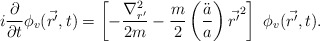
\begin{align*}i \frac{\partial}{\partial t} \phi_v ( \vec {r'}, t) = \left[ - \frac{{\nabla}^2_{r'}}{2 m} - \frac{m}{2} \left( \frac{\ddot a}{a} \right) {\vec {r'}}^2 \right] \ \phi_v (\vec {r'}, t).\end{align*}